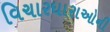
વિચારધારાઓની